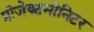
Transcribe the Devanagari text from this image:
प्रोजेक्टमोनिटर